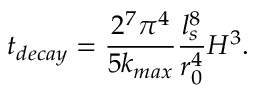
t _ { d e c a y } = \frac { 2 ^ { 7 } \pi ^ { 4 } } { 5 k _ { m a x } } \frac { l _ { s } ^ { 8 } } { r _ { 0 } ^ { 4 } } H ^ { 3 } .